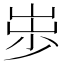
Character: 𱛪